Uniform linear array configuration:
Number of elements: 4
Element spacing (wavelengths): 1
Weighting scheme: kaiser
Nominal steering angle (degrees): -15
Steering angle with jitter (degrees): -15.811
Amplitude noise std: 0.05
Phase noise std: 0.05

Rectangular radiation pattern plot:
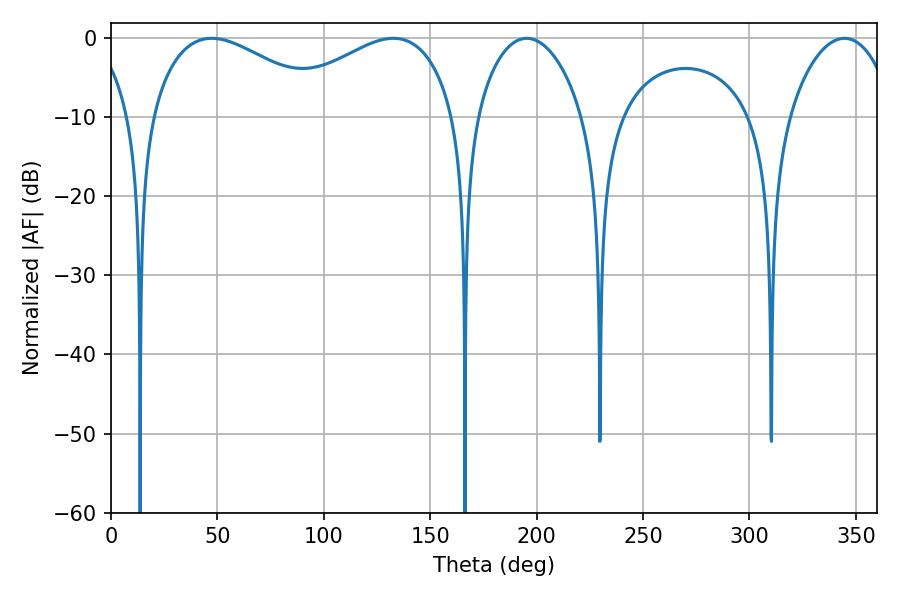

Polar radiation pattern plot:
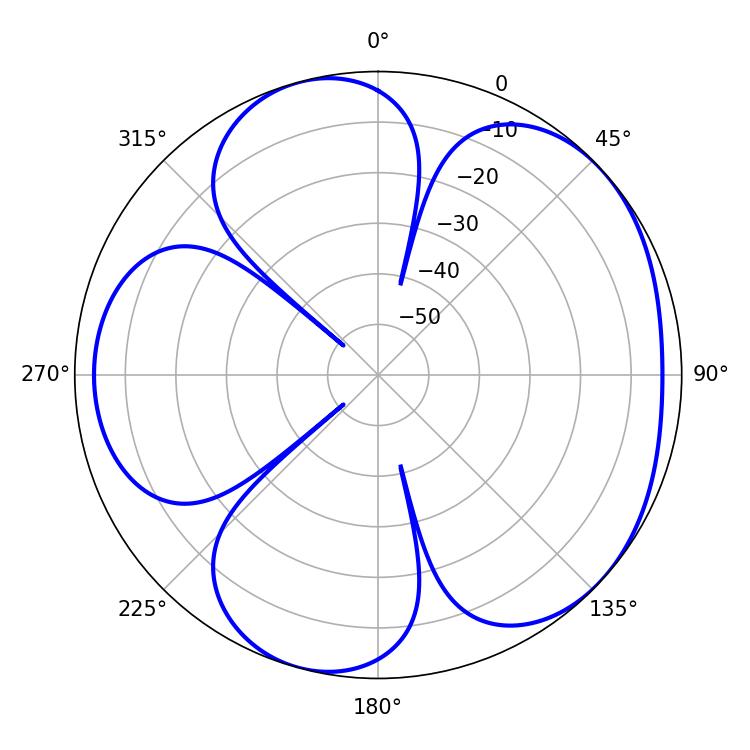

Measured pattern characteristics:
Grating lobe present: TRUE
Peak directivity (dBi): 4.817
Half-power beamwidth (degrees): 46.44
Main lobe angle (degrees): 47.34